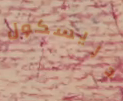
دريسكول